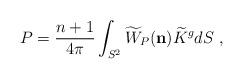
LaTeX: \begin{align*}P=\frac{n+1}{4\pi}\int_{S^{2}}\widetilde{W}_{P}(\mathbf{n})\widetilde{K}^{g}dS\ ,\end{align*}